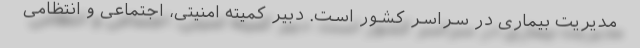
مدیریت بیماری در سراسر کشور است. دبیر کمیته امنیتی، اجتماعی و انتظامی